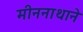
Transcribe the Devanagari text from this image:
मीननाथाने